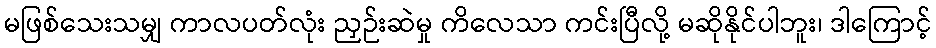
မဖြစ်သေးသမျှ ကာလပတ်လုံး ညှဉ်းဆဲမှု ကိလေသာ ကင်းပြီလို့ မဆိုနိုင်ပါဘူး၊ ဒါကြောင့်